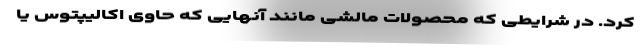
کرد. در شرایطی که محصولات مالشی مانند آنهایی که حاوی اکالیپتوس یا